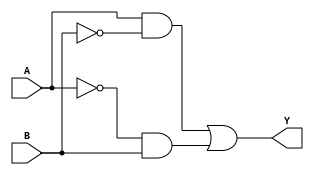
module xor_transmission_gate (
    input A,
    input B,
    output Y
);

assign Y = A & ~B | ~A & B;

endmodule